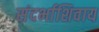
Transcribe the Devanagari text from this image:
संदर्भाशिवाय